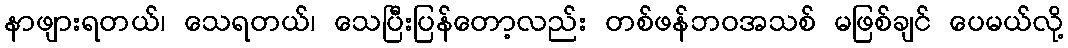
နာဖျားရတယ်၊ သေရတယ်၊ သေပြီးပြန်တော့လည်း တစ်ဖန်ဘဝအသစ် မဖြစ်ချင် ပေမယ်လို့